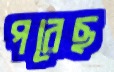
পরেছ